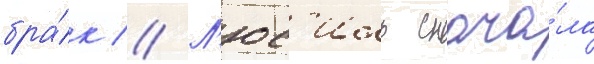
бра́к // Л'юс'иль снача́ла